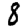
Digit: 8